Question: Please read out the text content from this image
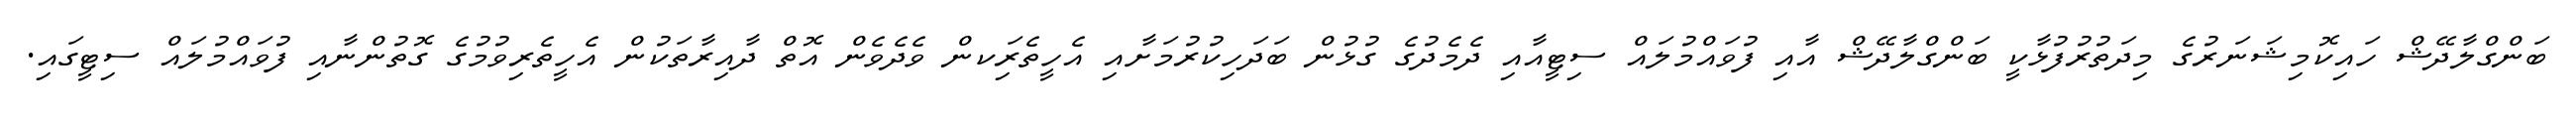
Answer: ބަންގްލާދޭޝް ހައިކޮމިޝަނަރުގެ މިދަތުރުފުޅާކީ ބަންގްލާދޭޝް އާއި ފުވައްމުލައް ސިޓީއާއި ދެމެދުގެ ގުޅުން ބަދަހިކުރުމަށާއި އެހީތެރިަކން ވެދެވެން އޮތް ދާއިރާތަކުން އެހީތެރިވުމުގެ ގޮތުންނާއި ފުވައްމުލައް ސިޓީގައި.